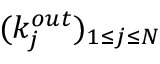
( k _ { j } ^ { o u t } ) _ { 1 \leq j \leq N }